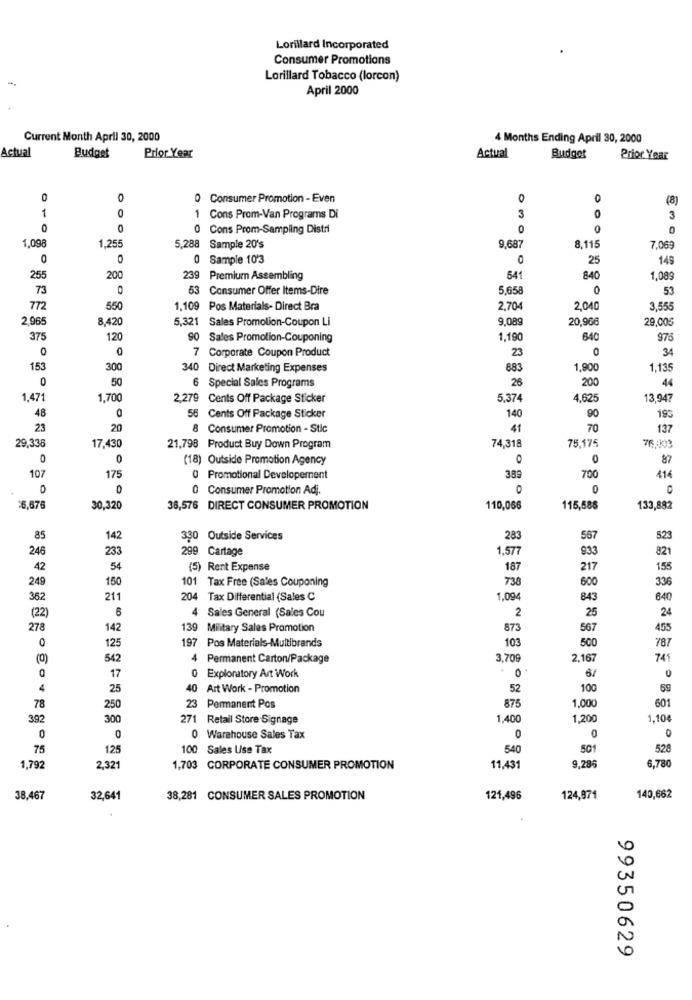
Lorillard Incorporated
Consumer Promotions
-
Lorillard Tobacco (lorcon)
April 2000
Current Month April 30, 2000
4 Months Ending April 30, 2000
Actual
Budget
Prior Year
Actual
Budget
Prior Year
0
0
Consumer Promotion - Even
O
0
0
(8)
1
0
1 Cons Prom-Van Programs Di
3
O
3
0
0
0 Cons Prom-Sampling Distri
0
1,09
9,687
1,255
5,288 Sample 20's
8,115
7.069
0
0
0 Sample 10'3
25
145
255
200
239 Premium Assembling
541
840
1,089
73
0
53 Consumer Offer Items-Dire
5.658
0
53
772
550
1.109 Pos Materials- Direct Bra
2,704
2,040
3,555
2,96
8,420
5,321 Sales Promotion-Coupon Li
9.089
20,966
29,005
375
120
Sales Promotion-Couponing
1,190
640
975
0
0
7 Corporate Coupon Product
23
34
153
300
340 Direct Marketing Expenses
883
1,900
1,135
0
50
6 Special Sales Programs
26
200
44
1,471
1,700
2,279 Cents Off Package Sticker
5.374
4,625
13,947
48
0
56 Cents Off Package Sticker
140
90
193
23
20
Consumer Promotion - Stic
41
70
137
74,318
29,336
17,430
21,798 Product Buy Down Program
75,175
0
0
(18) Outside Promotion Agency
O
0
87
107
175
0 Promotional Developernent
389
700
414
0 Consumer Promotion Adj.
0
6,676
30,320
36,576 DIRECT CONSUMER PROMOTION
110,066
115,586
133,882
85
142
330 Outside Services
283
567
523
246
233
299 Cartage
1,577
933
821
42
54
(5) Rent Expense
187
217
155
249
150
101 Tax Free (Sales Couponing
738
600
336
362
211
204 Tax Differential (Sales C
1,09
843
640
4 Sales General (Sales Cou
2
25
24
(22
6
278
142
139 Military Sales Promotion
873
567
455
125
197
103
500
787
0
Pos Materials-Multibrands
(0)
542
4 Permanent Carton/Package
3.709
2.167
741
0
0
17
Exploratory Art Work
67
0
4
25
40 Art Work - Promotion
52
100
69
601
78
250
23 Permanent Pos
875
1,000
392
300
271 Retail Store Signage
1,400
1,200
1,104
0
0
0
0
0 Warehouse Sales Tax
0
75
125
100 Sales Use Tax
540
501
528
1,792
2,321
1,703 CORPORATE CONSUMER PROMOTION
11,431
9,285
6,780
38,467
32,641
38,281 CONSUMER SALES PROMOTION
121,496
124,871
140,662
99350629